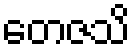
တေဇသိ